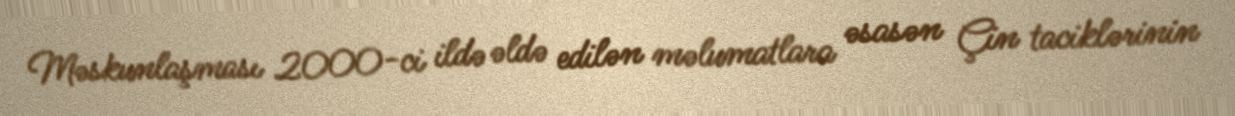
Məskunlaşması 2000-ci ildə əldə edilən məlumatlara əsasən Çin taciklərinin